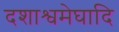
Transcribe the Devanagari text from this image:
दशाश्वमेघादि